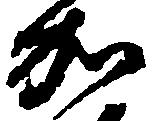
加